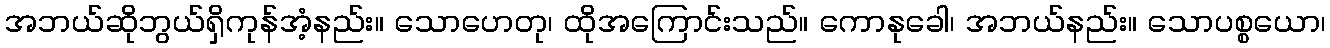
အဘယ်ဆိုဘွယ်ရှိကုန်အံ့နည်း။ သောဟေတု၊ ထိုအကြောင်းသည်။ ကောနုခေါ၊ အဘယ်နည်း။ သောပစ္စယော၊